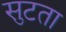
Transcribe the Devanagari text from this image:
सुटता